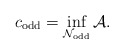
\begin{align*} c_\mathrm{odd} = \inf_{\mathcal{N}_{\mathrm{odd}}} \mathcal{A}.\end{align*}